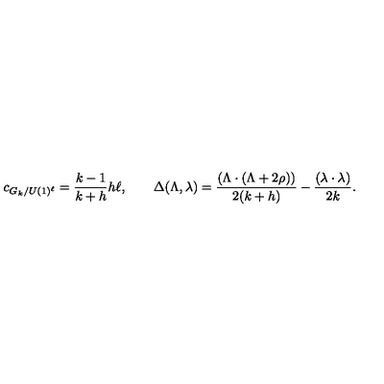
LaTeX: c _ { G _ { k } / U ( 1 ) ^ { \ell } } = \frac { k - 1 } { k + h } h \ell , \quad \quad \Delta ( \Lambda , \lambda ) = \frac { ( \Lambda \cdot ( \Lambda + 2 \rho ) ) } { 2 ( k + h ) } - \frac { ( \lambda \cdot \lambda ) } { 2 k } .